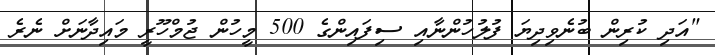
"އަދި ކުރިން ބުނެވިދިޔަ ފުލުހުންނާއި ސިފައިންގެ 500 މީހުން ޖުމްހޫރީ މައިދާނަށް ނެރެ